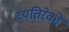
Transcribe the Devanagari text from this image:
व्यतिरेकों